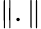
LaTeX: \lVert.\rVert